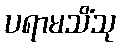
ပရာမသိံသု